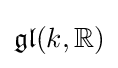
{\mathfrak {gl}}(k,\mathbb {R} )